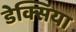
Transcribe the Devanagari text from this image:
डेक्सिया